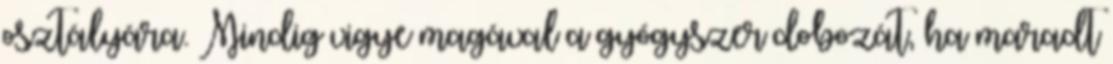
osztályára. Mindig vigye magával a gyógyszer dobozát, ha maradt